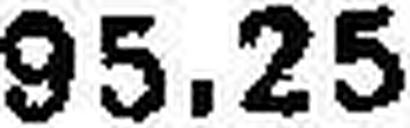
95.25